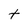
Character: t